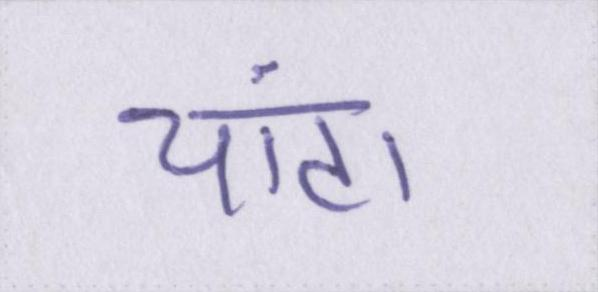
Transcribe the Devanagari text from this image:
चांटा